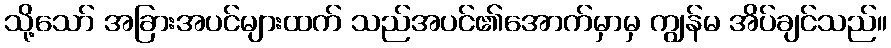
သို့သော် အခြားအပင်များထက် သည်အပင်၏အောက်မှာမှ ကျွန်မ အိပ်ချင်သည်။